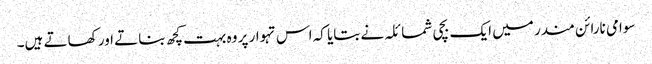
سوامی نارائن مندر میں ایک بچی شمائلہ نے بتایا کہ اس تہوار پر وہ بہت کچھ بناتے اور کھاتے ہیں۔